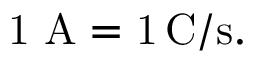
\mathrm { { 1 \ A = 1 \, { \mathrm { C / s } } . } }